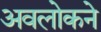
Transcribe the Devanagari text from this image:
अवलोकने